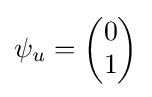
\psi _{u}={\begin{pmatrix}0\\1\end{pmatrix}}